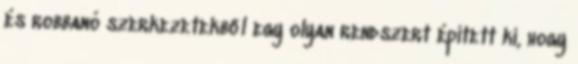
és robbanó szerkezetekből egy olyan rendszert épített ki, hogy